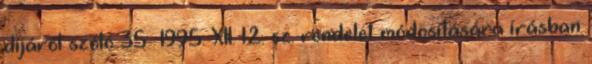
díjáról szóló 35 1995. XII. 12. sz. rendelet módosítására írásban